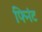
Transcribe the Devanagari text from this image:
फ्निंट